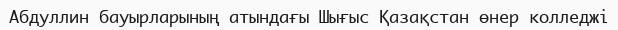
Абдуллин бауырларының атындағы Шығыс Қазақстан өнер колледжі